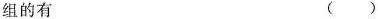
组的有 ()